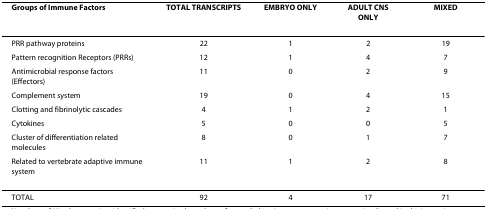
<table><thead><tr><td><b>Groups of Immune Factors</b></td><td><b>TOTAL TRANSCRIPTS</b></td><td><b>EMBRYO ONLY</b></td><td><b>ADULT CNS ONLY</b></td><td><b>MIXED</b></td></tr></thead><tbody><tr><td>PRR pathway proteins</td><td>22</td><td>1</td><td>2</td><td>19</td></tr><tr><td>Pattern recognition Receptors (PRRs)</td><td>12</td><td>1</td><td>4</td><td>7</td></tr><tr><td>Antimicrobial response factors (Effectors)</td><td>11</td><td>0</td><td>2</td><td>9</td></tr><tr><td>Complement system</td><td>19</td><td>0</td><td>4</td><td>15</td></tr><tr><td>Clotting and fibrinolytic cascades</td><td>4</td><td>1</td><td>2</td><td>1</td></tr><tr><td>Cytokines</td><td>5</td><td>0</td><td>0</td><td>5</td></tr><tr><td>Cluster of differentiation related molecules</td><td>8</td><td>0</td><td>1</td><td>7</td></tr><tr><td>Related to vertebrate adaptive immune system</td><td>11</td><td>1</td><td>2</td><td>8</td></tr><tr><td>TOTAL</td><td>92</td><td>4</td><td>17</td><td>71</td></tr></tbody></table>